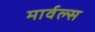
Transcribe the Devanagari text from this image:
मार्वल्स